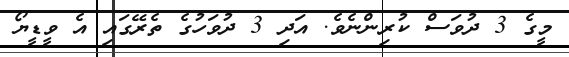
މީގެ 3 ދުވަސް ކުރިންނެވެ. އަދި 3 ދުވަހުގެ ތެެރޭގައި އެ ވީޑީޔޯ